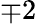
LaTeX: \mp 2